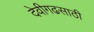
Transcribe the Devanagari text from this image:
देवीगढसाठी